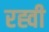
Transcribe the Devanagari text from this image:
रह्वी